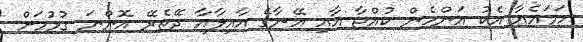
ހަމައެއާ އެކު އަންހެން ކުއްޖާ އާއި އޭނާގެ އާއިލާއާ ދޭތެރޭ އޮންނަ ގުޅުމަށް